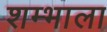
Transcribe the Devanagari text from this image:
शम्भाला